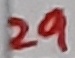
Text: 29